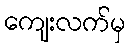
ကျေးလက်မှ